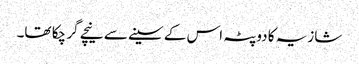
شازیہ کا دوپٹہ اس کے سینے سے نیچے گر چکا تھا۔